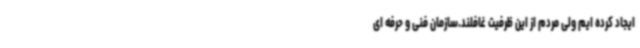
ایجاد کرده ایم ولی مردم از این ظرفیت غافلند.سازمان فنی و حرفه ای